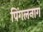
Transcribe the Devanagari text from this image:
पिंगलनाग